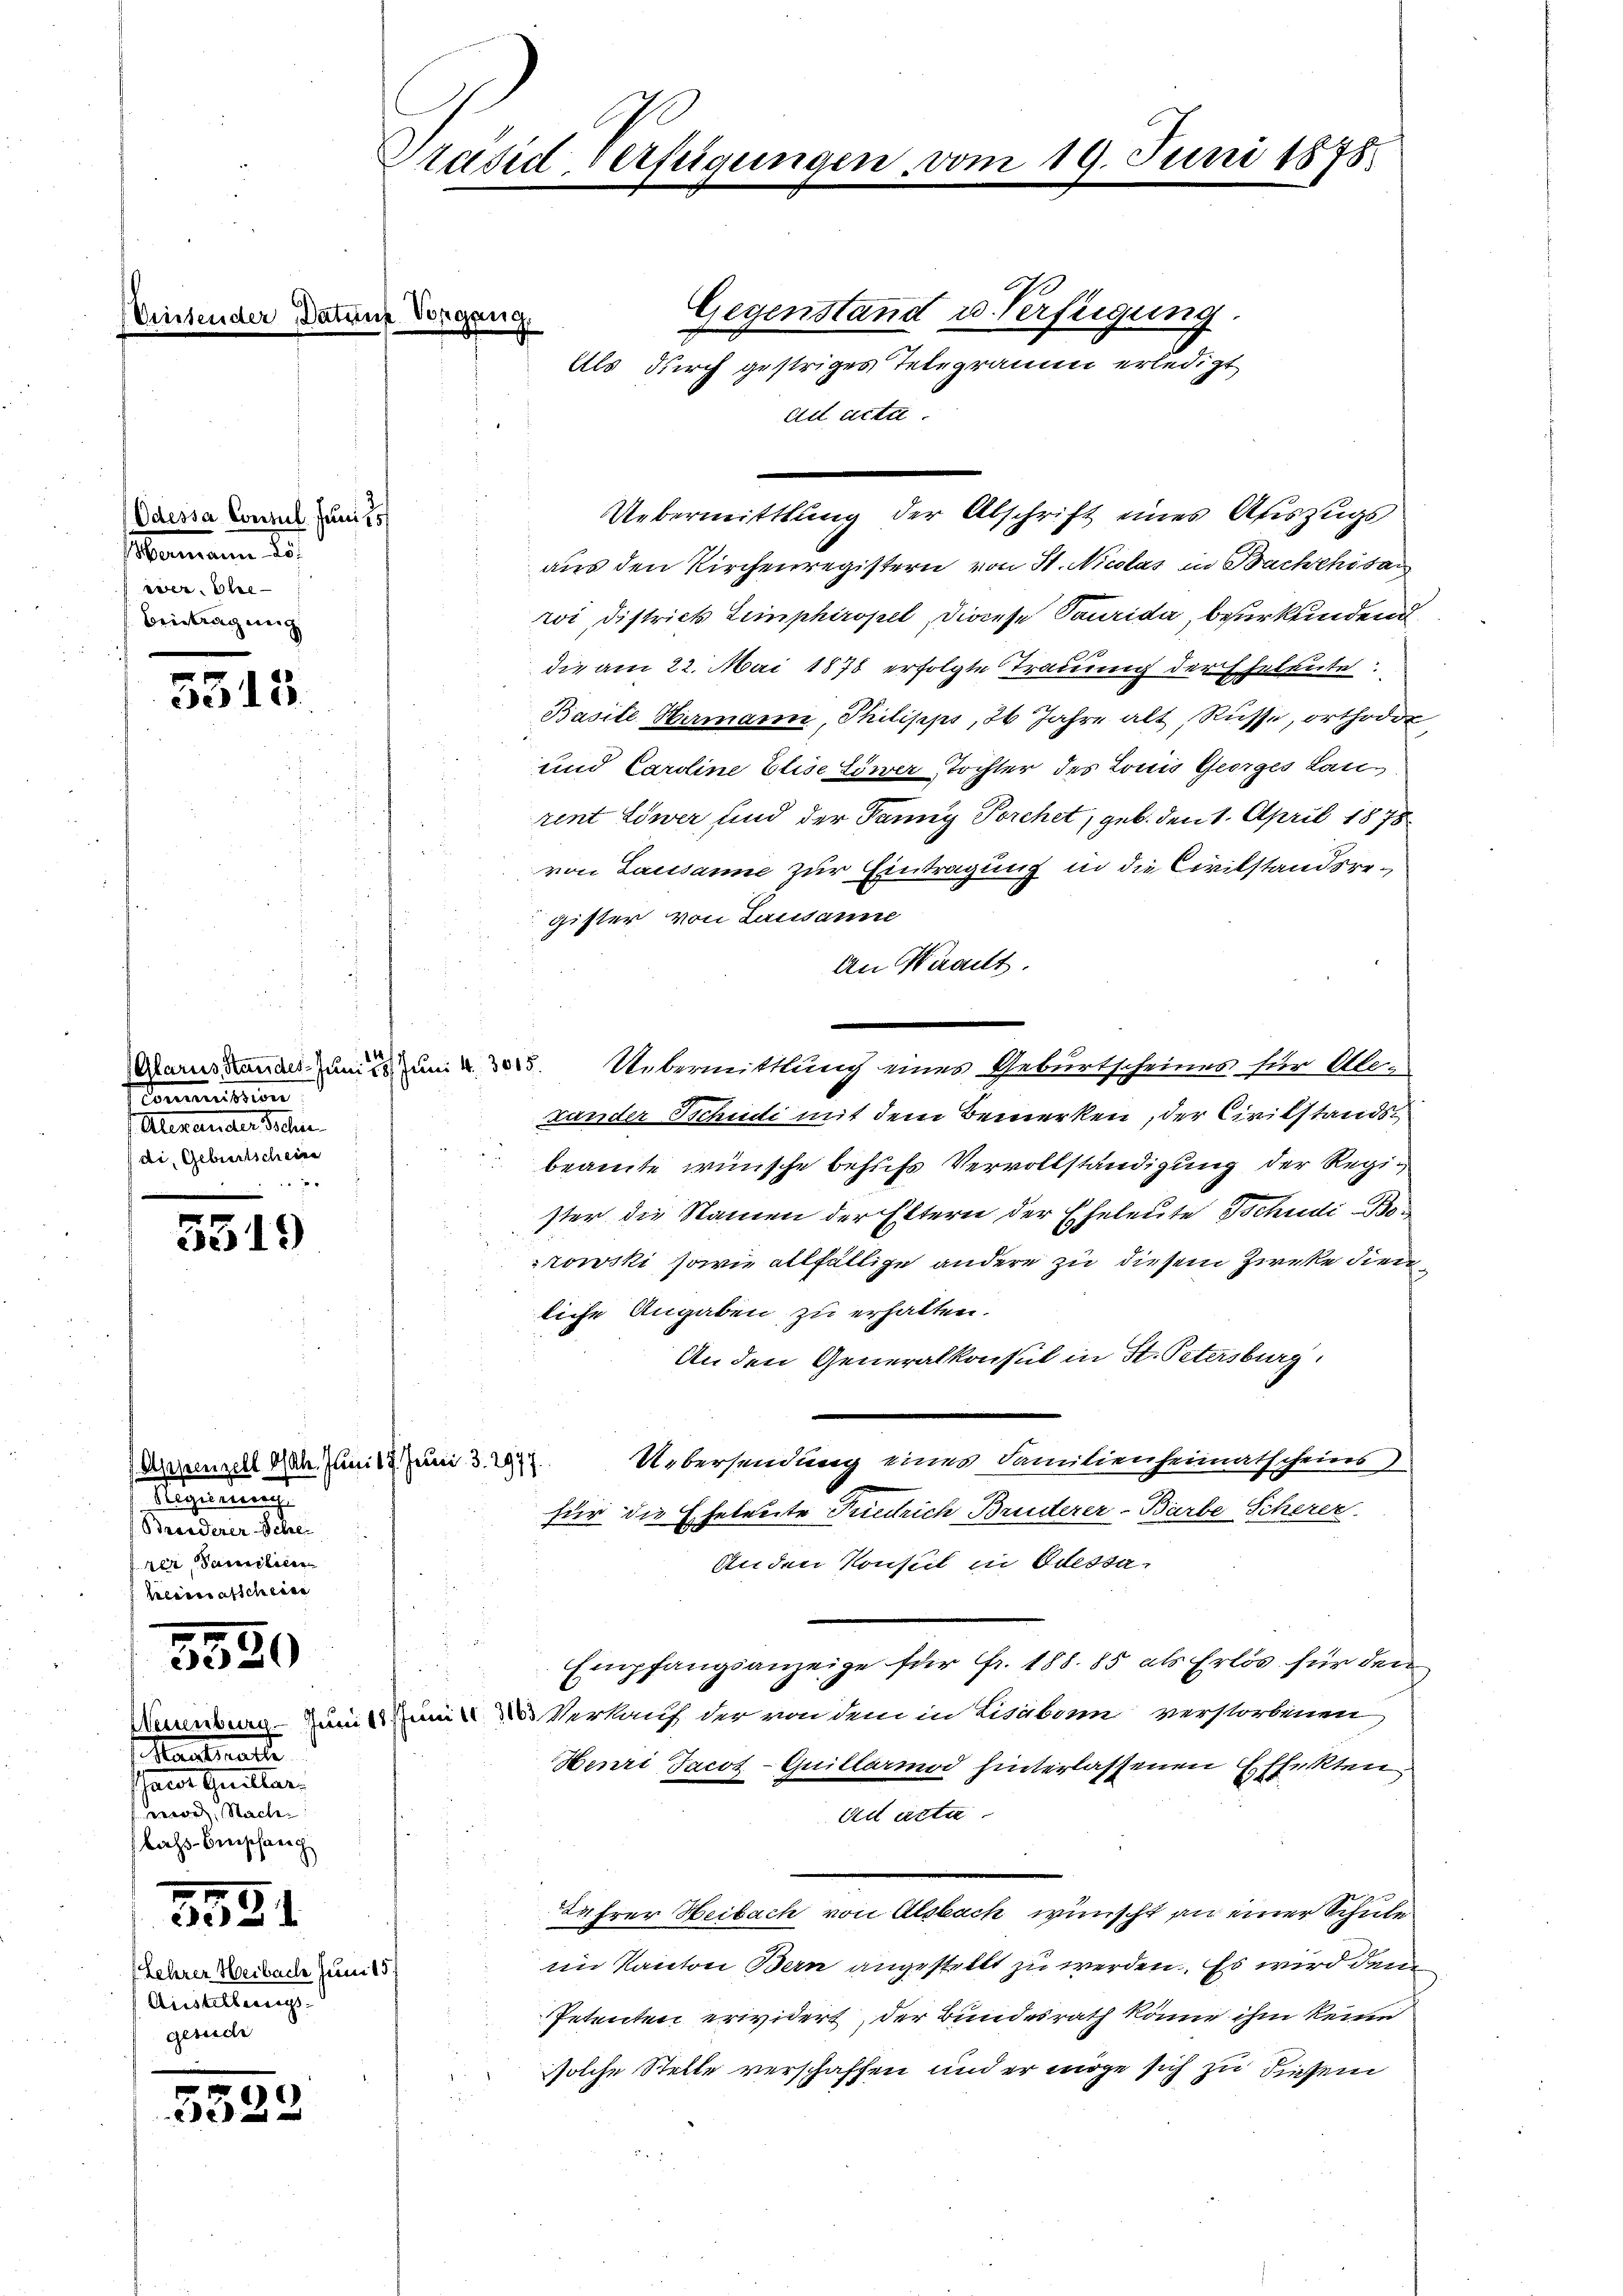
be¬

e
31.

5319

5520

355.

5523

Odessa Consil. Juni 18
Mammann de
wer. Ehre
Eintragung

Commission
Alexander Selin
di, Geburtscheine

Appenzell dh. Juni 17. Juni 3. 2977.
Aignement
Bruderer Schrei
rer, Familien
heimatscheine

Mantenarte
sacere Quillar
eene Sachen
bahr beschang

Lehrer Heibache Juni 15
Austellungs-
gerede

Präsid verfügungen vom 19. Juni 1878

Gegenstand u. Verfügung.
Vorgang
Als durch gestriges Telegramm erledigt
aus den Kirchenregistern von St. Nicolas in Bachchisar
ri, District Limphiropel, Diocese Taurida, beurkundend
die am 22. Mai 1878 erfolgte Trauung der Eheleute
Basite Hermann, Philipps, 36 Jahre alt, Russe, orthoden,
und Caroline Elise Löwer Tochter des Louis Georges Lanrent Löwer sind der Tanny Porchet, geb. den 1. April 1878
von Lausanne zur Eintragung in die Civilstandsrogister von Lausanne
An Waadt.
Darin damals zum zum 5. Uebermittlung eines Geburtscheines für Ale-
Lander Tschudi mit dem Bemerken, der Civilstands
beamte wünsche behufs Vervollständigung der Register die Namen der Eltern der Eheleute Tschudi Borowski sowie allfällige andere zu diesem Zwecke dien
liche Angaben zu erhalten.
An den Generalkonsul in St. Petersburg.
Uebersendung eines Familienheimatscheins
für die Eheleute Friedrich Bruderer-Bärbe Scherer
Anden Konsul in Odessa
Empfangsanzeige für Fr. 188.85 als Erlös für den
Demetung zum und Verkauf der von dem in Lisabonn verstorbenen
Henri Jacot-Quillarmod hinterlassenen A.
Effekten.
Eid acta
Lehrer Heibach von Alsbach wünscht an einer Schule
im Kanton Bern angestellt zu werden. Es wird dem
Petenten erwidert der Bundesrath könne ihm keine
solche Stelle verschaffen und er möge sich zu diesem

ad acta.

Uebermittlung der Abschrift eines Auszugs